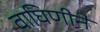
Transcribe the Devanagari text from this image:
वाघिणीने